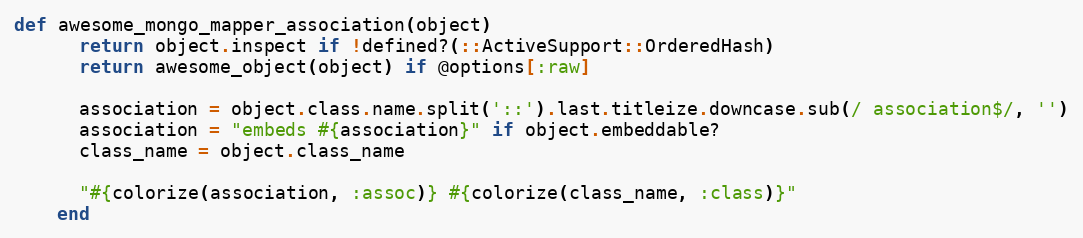
Language: Ruby
def awesome_mongo_mapper_association(object)
      return object.inspect if !defined?(::ActiveSupport::OrderedHash)
      return awesome_object(object) if @options[:raw]

      association = object.class.name.split('::').last.titleize.downcase.sub(/ association$/, '')
      association = "embeds #{association}" if object.embeddable?
      class_name = object.class_name

      "#{colorize(association, :assoc)} #{colorize(class_name, :class)}"
    end